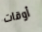
أوقات